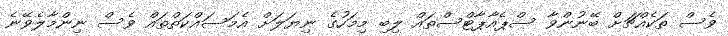
ވެސް ތަކެއްޗަށް ބޭނުންވާ ސްޕެއާޕާޓްސްތައް ލިބި މިމަހުގެ ނިޔަލަށް އެމަސައްކަތްތައް ވެސް ނިންމާލެވޭނެ